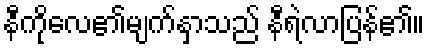
နီကိုလေ၏မျက်နှာသည် နီရဲလာပြန်၏။